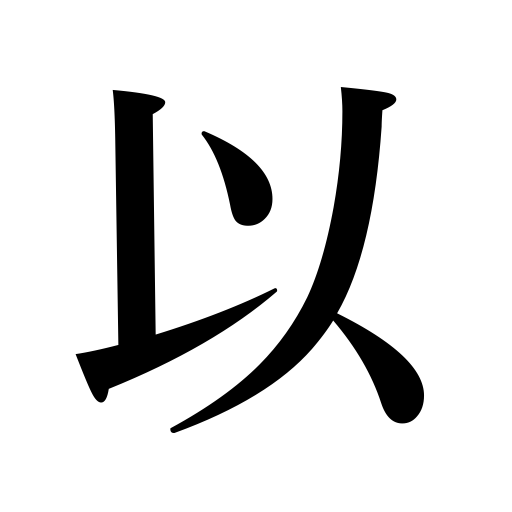
Meanings: by,in view of,by means of,with,because